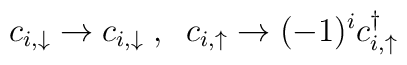
c_{i,\downarrow} \rightarrow c_{i,\downarrow}\;, \; \; c_{i,\uparrow}\rightarrow (-1)^{i}c_{i,\uparrow}^{\dagger}